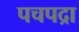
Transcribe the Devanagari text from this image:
पचपद्रा